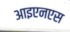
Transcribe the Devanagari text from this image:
आइएनएस